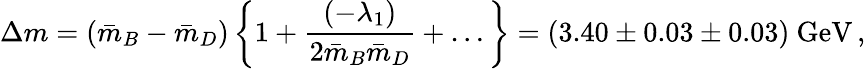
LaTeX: \Delta m=(\bar{m}_{B}-\bar{m}_{D})\, \bigg\{ 1+{\frac{(-\lambda_{1})}{2\bar{m}_{B}\bar{m}_{D}}}+\dots\bigg\} =(3.40\pm 0.03\pm 0.03)~\mathrm{GeV}\, ,